Scottish Leaving Certificate Examination, 1953
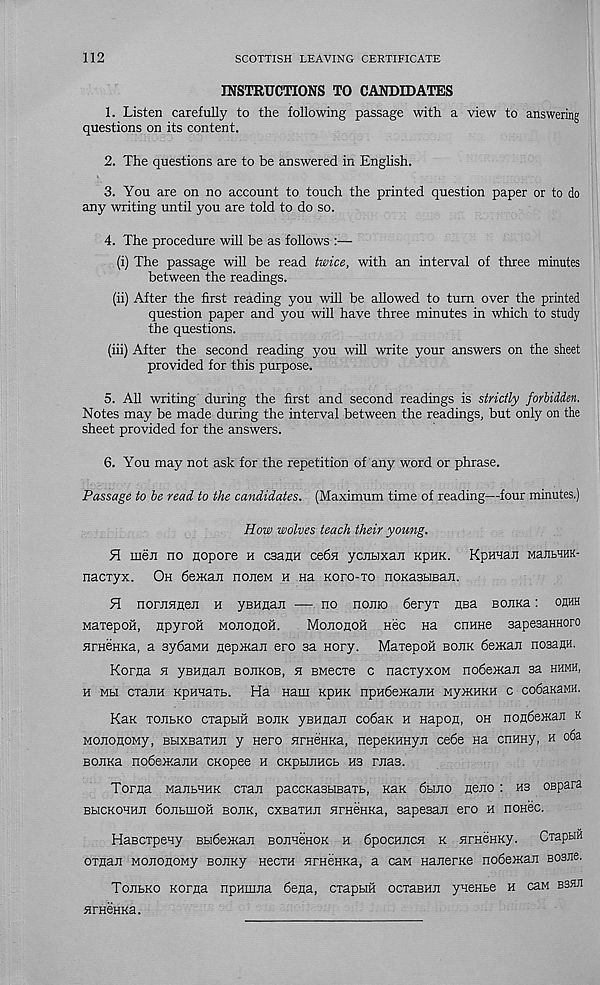
112
SCOTTISH LEAVING CERTIFICATE
INSTRUCTIONS TO CANDIDATES
1. Listen carefully to the following passage with a view to answering
questions on its content.
2. The questions are to be answered in Enghsh.
3. You are on no account to touch the printed question paper or to do
any writing until you are told to do so.
4. The procedure will be as follows
(i) The passage will be read twice, with an interval of three minutes
between the readings.
(ii) After the first reading you will be allowed to turn over the printed
question paper and you will have three minutes in which to study
the questions.
(iii) After the second reading you will write your answers on the sheet
provided for this purpose.
5. All writing during the first and second readings is strictly forbidden.
Notes may be made during the interval between the readings, but only on the
sheet provided for the answers.
6. You may not ask for the repetition of any word or phrase.
Passage to be read to the candidates. (Maximum time of reading—four minutes.)
How wolves teach their young.
9l men no nopore h csanH cedn ycnsixan KpHK. Kpnnan MaubHHK-
nacxyx. Oh deman noneM h na koto-to noKasuBan.
H nornnuen h ysHnan — no nonio deryx nsa sonKa: ohhh
MaxepoH, npyroH Mononon.
Mononon nee na cnmie sapesaHnoro
nrHCHKa, a sydaMH nepxcan ero sa Hory. Maxepoii boek de>Kan nosauu.
Korna h yBHnan boekob, h BMecxe c nacxyxoM nodeneaE sa hhmh,
h Mbi cxann KpHHaxb. Ha Ham KpHK npHdeiKaEH MyiKHKH c codaKaMH.
KaK xoebko cxaptiH boek yBHnan codaK h Hap on, oh nondeiKaE k
MononoMy, BbixBaxHE y Hero HraeKKa, nepeKHHyn cede na cnHHy, h o6a
BOEKa nodeiKann cnopee h ckphehcb hs raas.
Torna ManbHHK cxan paccKasbiBaxt, khk dbino neno : hs ospara
BbICKOHHE dOEblHOH BOEK, CXBaXHE HTHCHKa, SapeSHE 6X0 H nOHCC.
Hascxpeny BbideiKaE BOEHenoK h dpocHECH k sirHSHKy. CxapHH
oxflan MOEOEOwy BOEKy necxH nrHeHKa, a caM Hanerxe nodemaE Bosne.
Toebko Korna npHinna dena, cxapbifi ocxasHE ynenbe h can bshe
HTHCHKa.